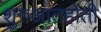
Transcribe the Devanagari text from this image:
शुरुआतहोती